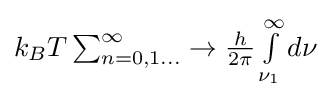
{\textstyle k_{B}T\sum _{n=0,1...}^{\infty }\rightarrow {\frac {h}{2\pi }}\int \limits _{\nu _{1}}^{\infty }d\nu }